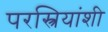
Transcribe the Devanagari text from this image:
परस्त्रियांशी